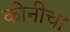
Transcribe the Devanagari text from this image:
कोनीचा